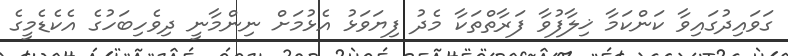
ގަވައިދުގައިވާ ކަންކަމާ ޚިލާފުވާ ފަރާތްތަކާ މެދު ފިޔަވަޅު އެޅުމަށް ނިންމާނީ ދިވެހިބަހުގެ އެކެޑެމީގެ